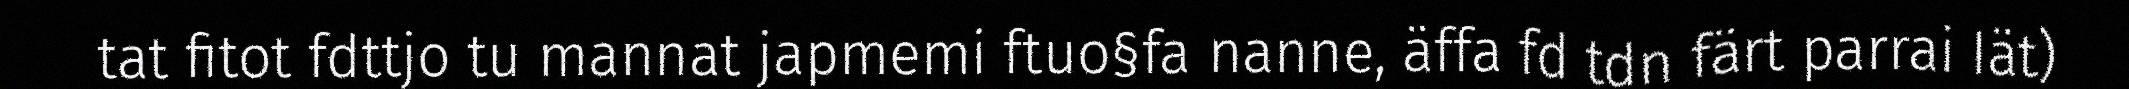
tat fitot fdttjo tu mannat japmemi ftuo§fa nanne, äffa fd tdn färt parrai Iät)